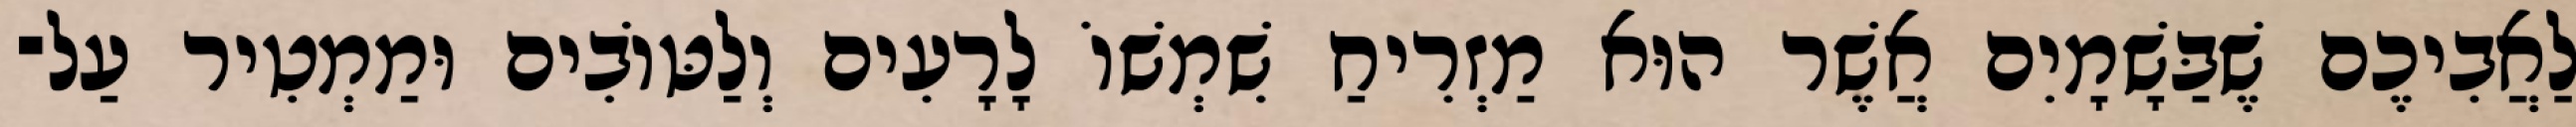
לַאֲבִיכֶם שֶׁבַּשָׁמָיִם אֲשֶׁר הוּא מַזְרִיחַ שִׁמְשׁוֹ לָרָעִים וְלַטּוֹבִים וּמַמְטִיר עַל־